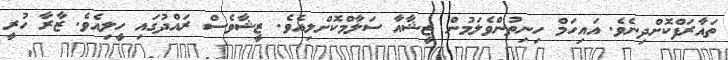
ތައާރަފްކޮށްދިނެވެ. އައިހަމް ހިނިތުންވެލަމުން ޒީޝާއާ ސަލާމްކޮށްލިއެވެ. ޒީޝާވެސް ރައްދުގައި ހީލިއެވެ. ޒާރާ ހުރީ